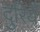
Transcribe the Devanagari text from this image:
दुरियँ